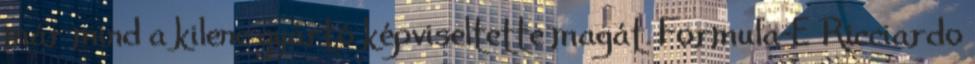
már mind a kilenc gyártó képviseltette magát. Formula-E Ricciardo